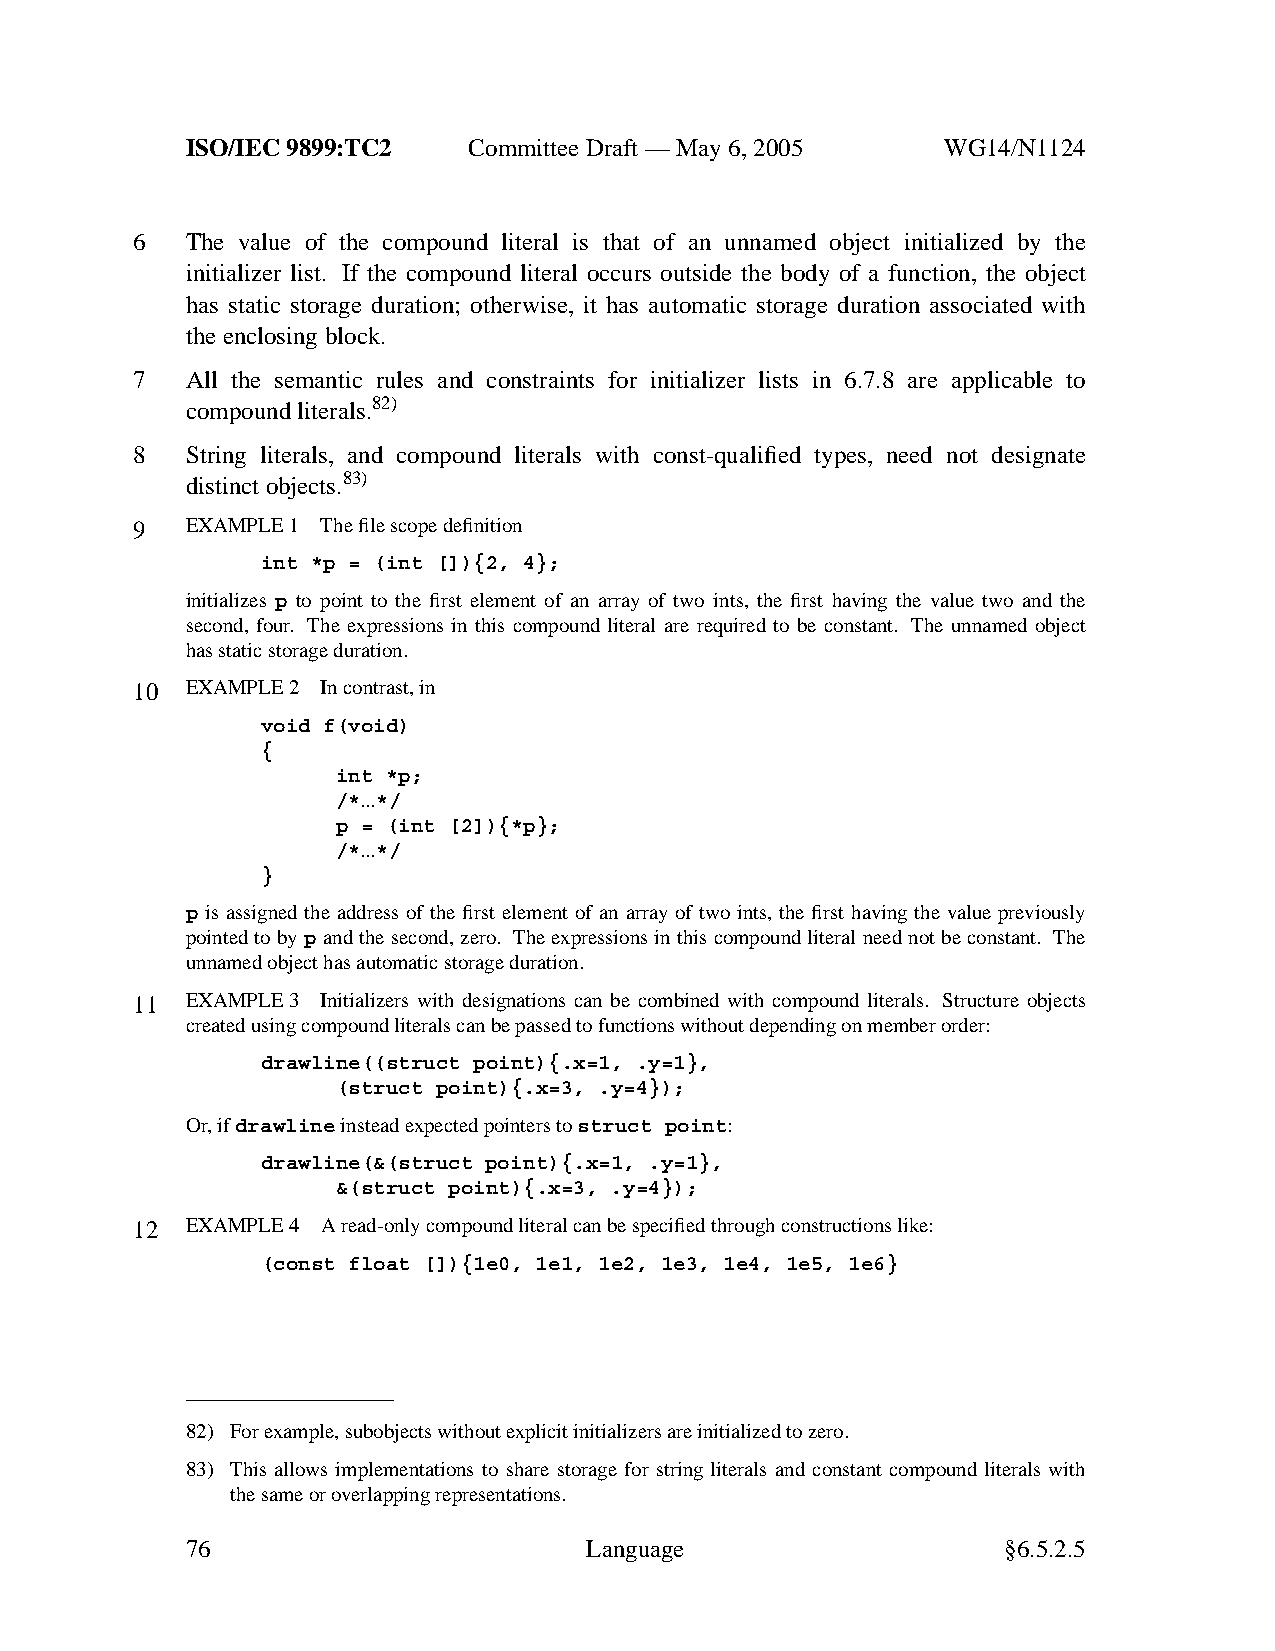
ISO/IEC 9899:TC2   Committee Draft — May 6, 2005   WG14/N1124
 6  The value of the compound literal is that of an unnamed object initialized by the
 initializer list. If the compound literal occurs outside the body of a function, the object
 has static storage duration; otherwise, it has automatic storage duration associated with
 the enclosing block.
 7  All the semantic rules and constraints for initializer lists in 6.7.8 are applicable to
 compound literals.82)
 8  String literals, and compound literals with const-qualified types, need not designate
 distinct objects.83)
 9  EXAMPLE 1 The file scope definition
 int *p = (int []){2, 4};
 initializes p to point to the first element of an array of two ints, the first having the value two and the
 second, four. The expressions in this compound literal are required to be constant. The unnamed object
 has static storage duration.
 10 EXAMPLE 2 In contrast, in
 void f(void)
 {
 int *p;
 /*...*/
 p = (int [2]){*p};
 /*...*/
 }
 p is assigned the address of the first element of an array of two ints, the first having the value previously
 pointed to by p and the second, zero. The expressions in this compound literal need not be constant. The
 unnamed object has automatic storage duration.
 11 EXAMPLE 3 Initializers with designations can be combined with compound literals. Structure objects
 created using compound literals can be passed to functions without depending on member order:
 drawline((struct point){.x=1, .y=1},
 (struct point){.x=3, .y=4});
 Or,ifdrawlineinstead expected pointers tostruct point:
 drawline(&(struct point){.x=1, .y=1},
 &(struct point){.x=3, .y=4});
 12 EXAMPLE 4 Aread-only compound literal can be specified through constructions like:
 (const float []){1e0, 1e1, 1e2, 1e3, 1e4, 1e5, 1e6}
 82) Forexample, subobjects without explicit initializers are initialized to zero.
 83) This allows implementations to share storage for string literals and constant compound literals with
 the same or overlapping representations.
 76                         Language                    §6.5.2.5